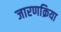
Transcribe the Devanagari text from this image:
जारणक्रिया